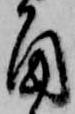
角